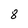
Character: 8